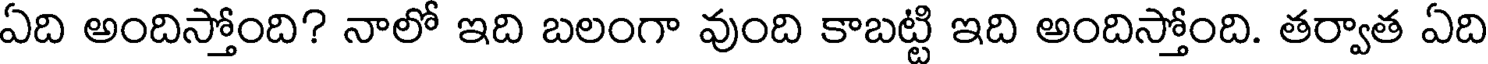
ఏది అందిస్తోంది? నాలో ఇది బలంగా వుంది కాబట్టి ఇది అందిస్తోంది. తర్వాత ఏది